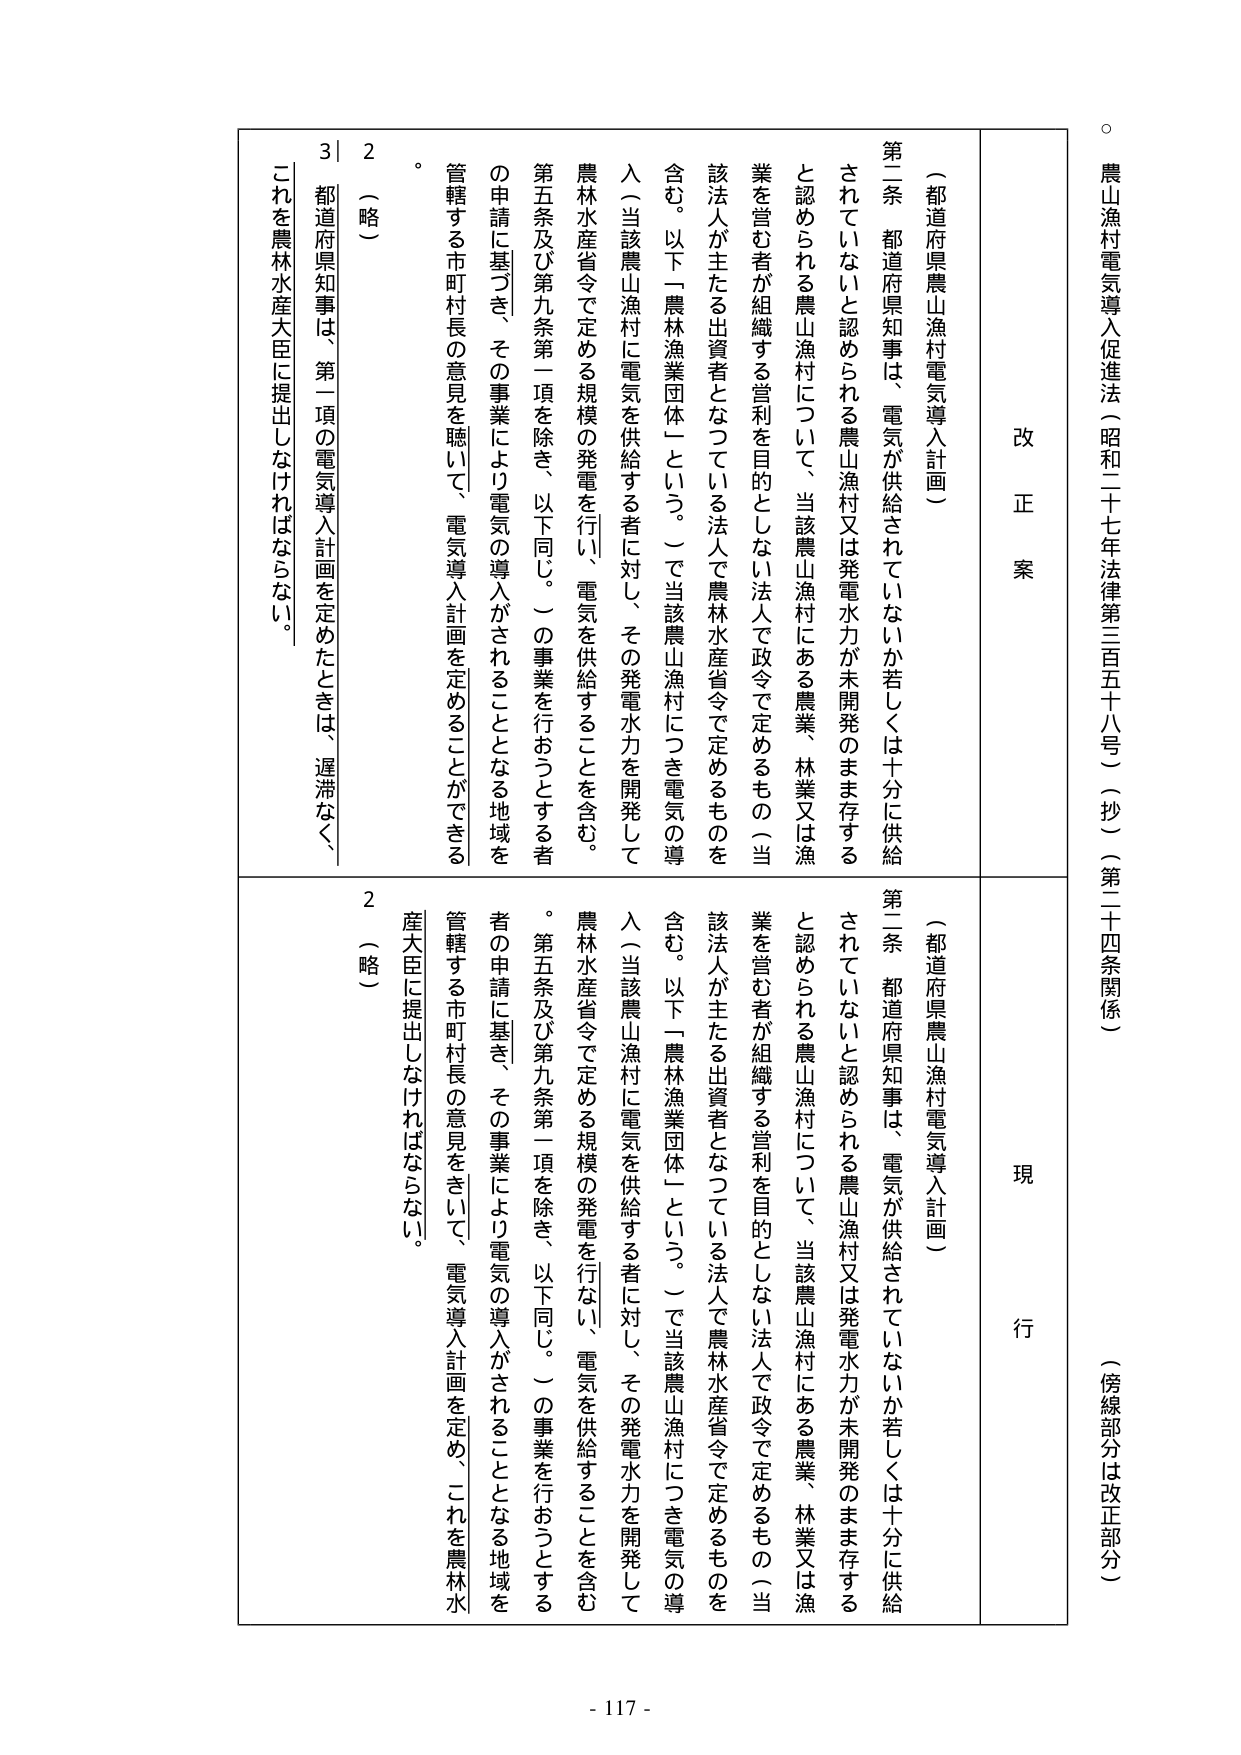
農山漁村電気導入促進法（昭和二十七年法律第三百五十八号）（抄）（第二十四条関係）
（傍線部分は改正部分）

改正案
現行

（都道府県農山漁村電気導入計画）
第二条 都道府県知事は、電気が供給されていないか若しくは十分に供給されていないと認められる農山漁村について、当該農山漁村にある農業、林業又は漁業を営む者が組織する営利を目的としない法人で政令で定めるもの（当該法人が主たる出資者となっている法人で農林水産省令で定めるものを含む。以下「農林漁業団体」という。）で当該農山漁村につき電気の導入（当該農山漁村に電気を供給する者に対し、その発電水力を開発して農林水産省令で定める規模の発電を行い、電気を供給することを含む。第五条及び第九条第一項を除き、以下同じ。）の事業を行おうとする者の申請に基づき、その事業により電気の導入がされることとなる地域を管轄する市町村長の意見を聴いて、電気導入計画を定めることができる。

（略）
2
都道府県知事は、第一項の電気導入計画を定めたときは、遅滞なく、これを農林水産大臣に提出しなければならない。

（都道府県農山漁村電気導入計画）
第二条 都道府県知事は、電気が供給されていないか若しくは十分に供給されていないと認められる農山漁村について、当該農山漁村にある農業、林業又は漁業を営む者が組織する営利を目的としない法人で政令で定めるもの（当該法人が主たる出資者となっている法人で農林水産省令で定めるものを含む。以下「農林漁業団体」という。）で当該農山漁村につき電気の導入（当該農山漁村に電気を供給する者に対し、その発電水力を開発して農林水産省令で定める規模の発電を行ない、電気を供給することを含む。第五条及び第九条第一項を除き、以下同じ。）の事業を行おうとする者の申請に基づき、その事業により電気の導入がされることとなる地域を管轄する市町村長の意見をきいて、電気導入計画を定め、これを農林水産大臣に提出しなければならない。

（略）
2

- 117 -